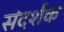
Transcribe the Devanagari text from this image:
संदर्शक